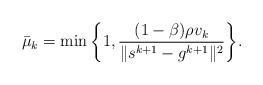
LaTeX: \begin{align*}\bar{\mu}_k =\min\bigg\{1, \frac{(1-\beta)\rho v_k}{\|s^{k+1} - g^{k+1}\|^2}\bigg\}.\end{align*}